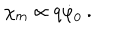
\chi _ { \mathrm { m } } \propto q \dot { \varphi } _ { 0 } \: .